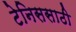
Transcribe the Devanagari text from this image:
टेनिससाठी